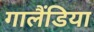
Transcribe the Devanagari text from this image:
गालैंडिया